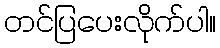
တင်ပြပေးလိုက်ပါ။